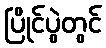
ပြိုင်ပွဲတွင်